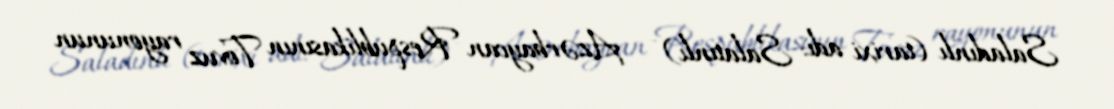
Saladınlı (tarixi adı: Salatınlı) — Azərbaycan Respublikasının Tovuz rayonunun